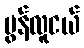
မွန်လူငယ်